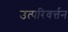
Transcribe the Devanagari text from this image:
उत्परिवर्त्तन